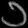
Digit: ၁